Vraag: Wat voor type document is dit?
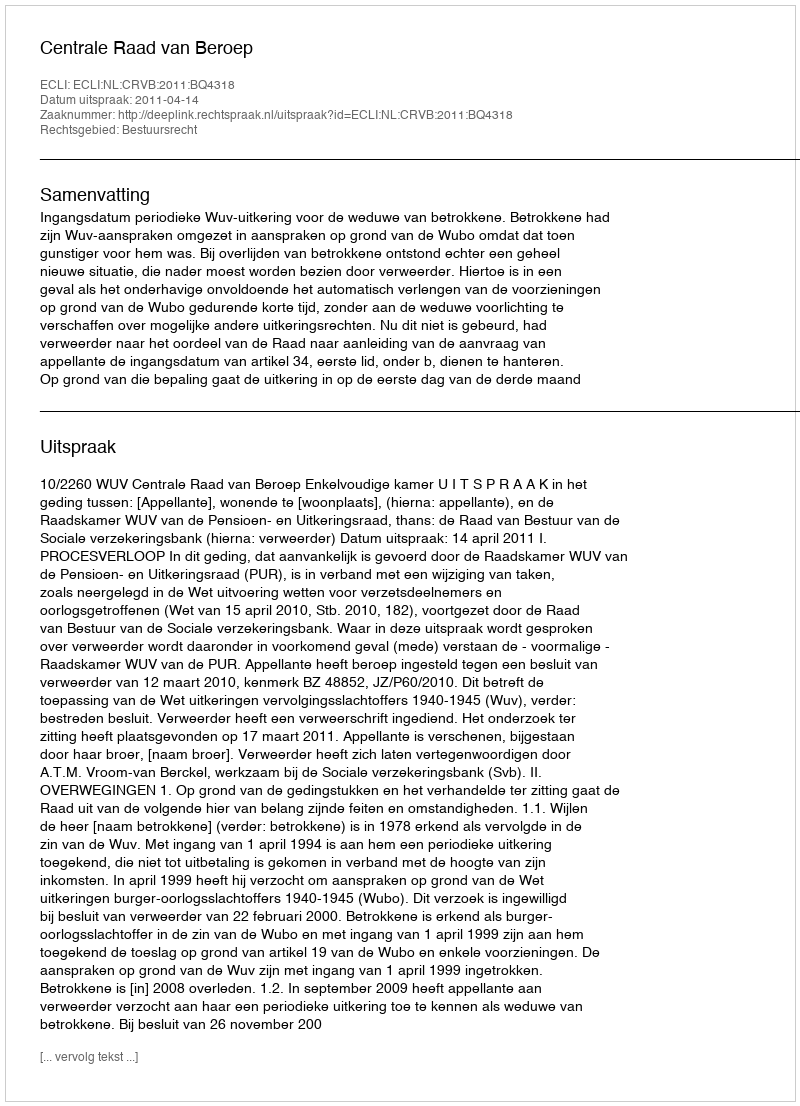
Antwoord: Uitspraak